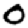
Digit: 0